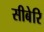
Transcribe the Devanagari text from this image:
सीबेरि